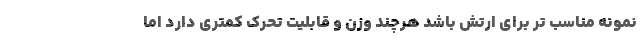
نمونه مناسب تر برای ارتش باشد هرچند وزن و قابلیت تحرک کمتری دارد اما